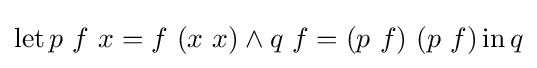
\operatorname {let} p\ f\ x=f\ (x\ x)\land q\ f=(p\ f)\ (p\ f)\operatorname {in} q